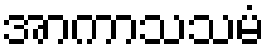
အာကာသသမံ